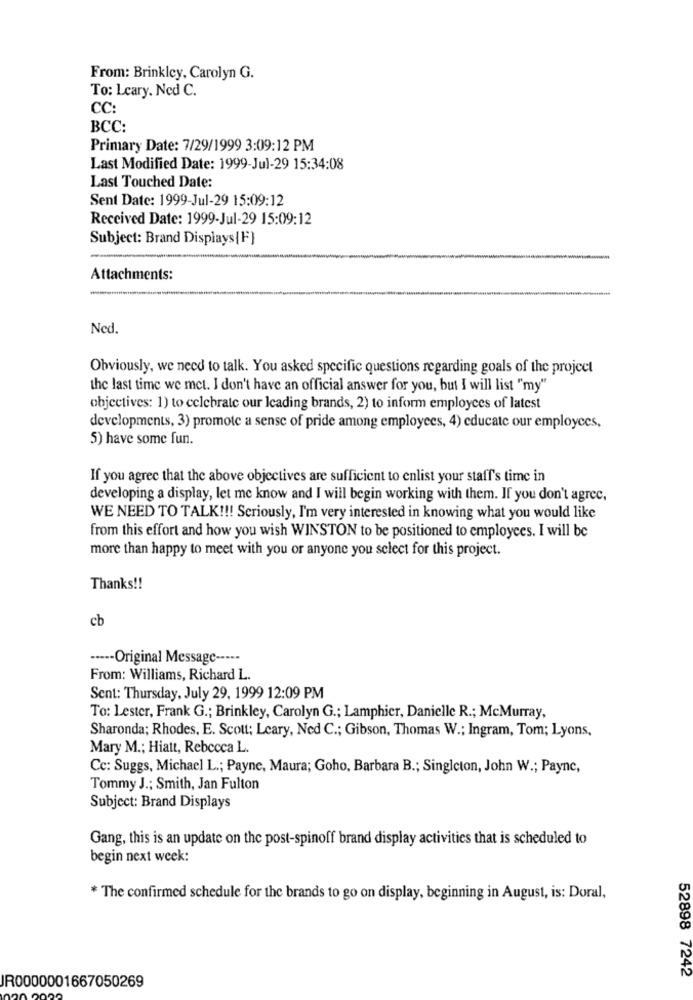
From: Brinkley, Carolyn G.
To: Leary. Ned C.
CC:
BCC:
Primary Date: 7/29/1999 3:09:12 PM
Last Modified Date: 1999-Jul-29 15:34:08
Last Touched Date:
Sent Date: 1999-Jul-29 15:09:12
Received Date: 1999-Jul-29 15:09:12
Subject: Brand Displays{F}
Attachments:
Ned.
Obviously, we need to talk. You asked specific questions regarding goals of the project
the last time we met. I don't have an official answer for you, but I will list "my"
objectives: 1) to celebrate our leading brands, 2) to inform employees of latest
developments, 3) promote a sense of pride among employees, 4) educate our employees,
5) have some fun.
If you agree that the above objectives are sufficient to enlist your staff's time in
developing a display, let me know and I will begin working with them. If you don't agree,
WE NEED TO TALK !!! Seriously, I'm very interested in knowing what you would like
from this effort and how you wish WINSTON to be positioned to employees. I will be
more than happy to meet with you or anyone you select for this project.
Thanks !!
cb
····- Original Message -----
From: Williams, Richard L.
Sent: Thursday, July 29, 1999 12:09 PM
To: Lester, Frank G .; Brinkley, Carolyn G .; Lamphier, Danielle R .; McMurray,
Sharonda; Rhodes, E. Scott: Leary, Ned C .; Gibson, Thomas W .; Ingram, Tom; Lyons,
Mary M .; Hiatt, Rebecca L.
Cc: Suggs, Michael L .; Payne, Maura; Goho, Barbara B .; Singleton, John W .; Payne,
Tommy J .; Smith, Jan Fulton
Subject: Brand Displays
Gang, this is an update on the post-spinoff brand display activities that is scheduled to
begin next week:
* The confirmed schedule for the brands to go on display, beginning in August, is: Doral,
52898 7242
JR0000001667050269